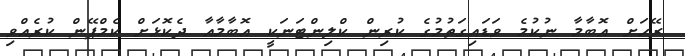
ރޭހަށް އޮބާމާ ނުކުމެ ވަޑައިގަތުމުގެ ކުރިން ކްލިންޓަނަކީ އޮބާމާއާ ދެކޮޅަށް ކެމްޕޭން ކުރެއްވި